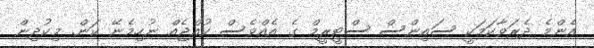
އެންމެ ދެރަވާކަމަކީ ސައިންސް ސްޓީރީމް ގެ އެއްވެސް ކުުއްޖެއް ނުހިމެނޭ ކަން. މިކުދިން